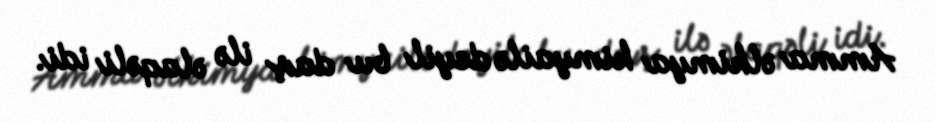
Amma əlkimya kimyailə deyil bu daş ilə əlaqəli idi.